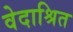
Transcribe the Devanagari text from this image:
वेदाश्रित